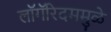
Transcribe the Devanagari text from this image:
लॉगॅरिदममुळे